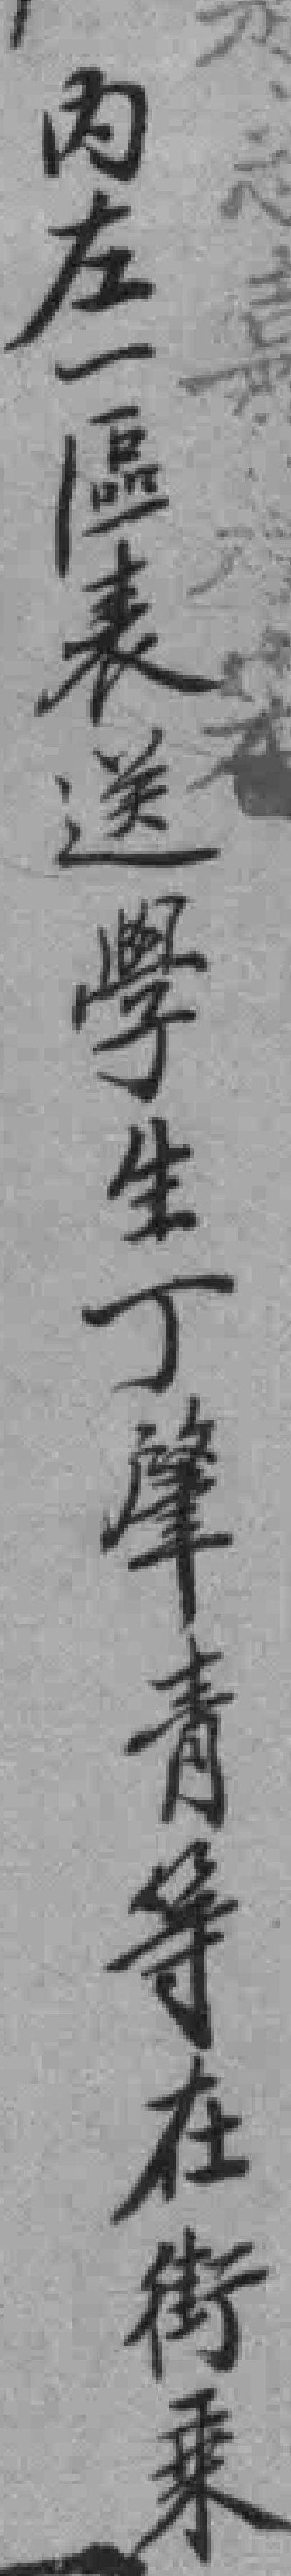
内左一區表送學生丁肇青等在街乗